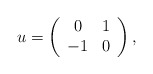
\begin{align*} u = \left( \begin{array}{cc} 0 & 1 \\ -1 & 0 \end{array} \right) ,\end{align*}